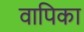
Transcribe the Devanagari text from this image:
वापिका